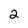
Character: 2